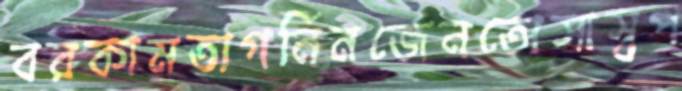
বরকামতাগর্নিনজেনতোসাস্বপ